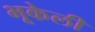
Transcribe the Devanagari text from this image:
भूकेली